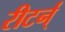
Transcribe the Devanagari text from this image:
रीटर्न्